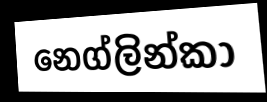
නෙග්ලින්කා